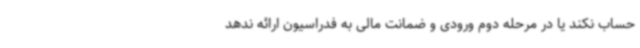
حساب نکند یا در مرحله دوم ورودی و ضمانت مالی به فدراسیون ارائه ندهد